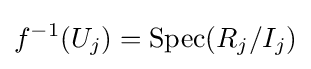
f^{-1}(U_{j})=\operatorname {Spec} (R_{j}/I_{j})